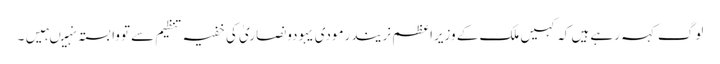
لوگ کہہ رہے ہیں کہ کہیں ملک کے وزیراعظم نریندرمودی یہودونصاریٰ کی خفیہ تنظیم سے تووابستہ نہیںہیں۔